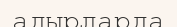
адырларда